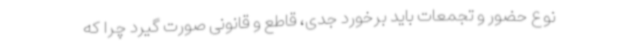
نوع حضور و تجمعات باید برخورد جدی، قاطع و قانونی صورت گیرد چرا که